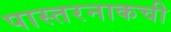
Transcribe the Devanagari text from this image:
पास्तरनाकची